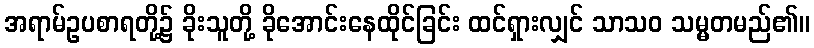
အရာမ်ဥပစာရတို့၌ ခိုးသူတို့ ခိုအောင်းနေထိုင်ခြင်း ထင်ရှားလျှင် သာသဝ သမ္မတမည်၏။